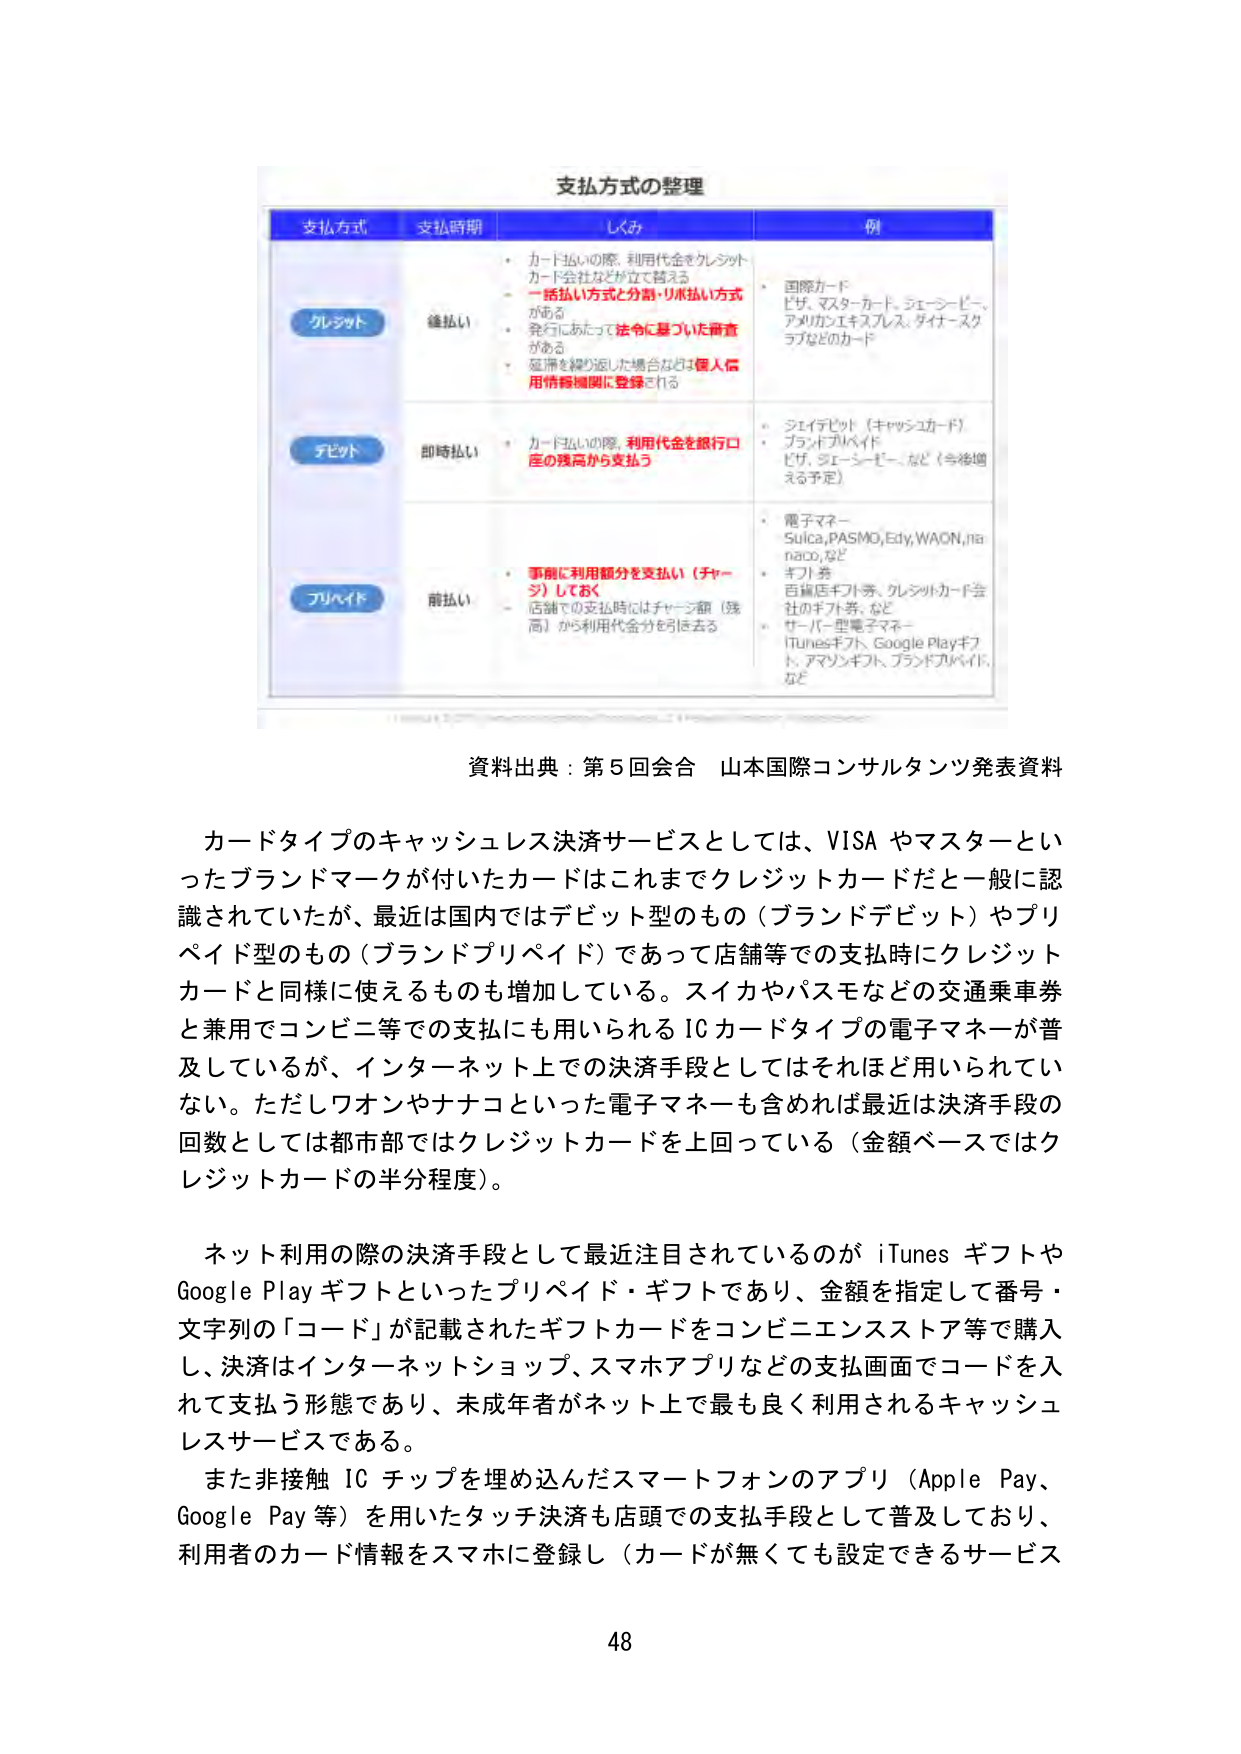
支払方式の整理

支払方式　支払時期　しくみ　例

クレジット　後払い
・カード払いの際、利用代金をクレジットカード会社などが立て替える
・一括払い方式と分割・リボ払い方式がある
・発行にあたって法令に基づいた審査がある
・延滞を繰り返した場合は個人信用情報機関に登録される
・国際カード
ビザ、マスターカード、ジェーシービー、アメリカンエキスプレス、ダイナースクラブなどのカード

デビット　即時払い
・カード払いの際、利用代金を銀行口座の残高から支払う
・ジェイデビット（キャッシュカード）
・ブランドデビット
ビザ、ジェーシービー、など（今後増える予定）

プリペイド　前払い
・事前に利用額分を支払い（チャージ）しておく
・店舗での支払時にはチャージ額（残高）から利用代金分を引いて去る
・電子マネー
Suica、PASMO、Edy、WAON、nanaco、など
・ギフト券
百貨店ギフト券、クレジットカード会社のギフト券、など
・サーバー型電子マネー
iTunesギフト、Google Playギフト、アマゾンギフト、ブランドプリペイド、など

資料出典：第5回会合　山本国際コンサルタンツ発表資料

カードタイプのキャッシュレス決済サービスとしては、VISA やマスターといったブランドマークが付いたカードはこれまでクレジットカードだと一般に認識されていたが、最近は国内ではデビット型のもの（ブランドデビット）やプリペイド型のもの（ブランドプリペイド）であって店舗等での支払時にクレジットカードと同様に使えるものも増加している。スイカやパスモなどの交通乗車券と兼用でコンビニ等での支払いにも用いられる IC カードタイプの電子マネーが普及しているが、インターネット上での決済手段としてはそれほど用いられていない。ただしワオンやナナコといった電子マネーも含めれば最近は決済手段の回数としては都市部ではクレジットカードを上回っている（金額ベースではクレジットカードの半分程度）。

ネット利用の際の決済手段として最近注目されているのが iTunes ギフトや Google Play ギフトといったプリペイド・ギフトであり、金額を指定して番号・文字列の「コード」が記載されたギフトカードをコンビニエンスストア等で購入し、決済はインターネットショップ、スマホアプリなどの支払画面でコードを入れて支払う形態であり、未成年者がネット上で最も良く利用されるキャッシュレスサービスである。

また非接触 IC チップを埋め込んだスマートフォンのアプリ（Apple Pay、Google Pay 等）を用いたタッチ決済も店頭での支払手段として普及しており、利用者のカード情報をスマホに登録し（カードが無くても設定できるサービス

48